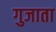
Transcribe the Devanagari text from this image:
गुजाता